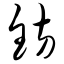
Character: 钫